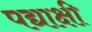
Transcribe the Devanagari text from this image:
पद्याक्षी